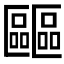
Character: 𠥺